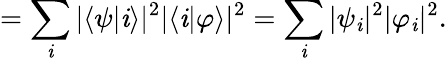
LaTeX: =\sum_{\mathit{i}}|\langle\psi|\mathit{i}\rangle|^{2}|\langle\mathit{i}|\varphi\rangle|^{2}=\sum_{\mathit{i}}|\psi_{\mathit{i}}|^{2}|\varphi_{\mathit{i}}|^{2}.